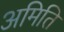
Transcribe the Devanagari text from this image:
अमिति